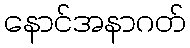
နောင်အနာဂတ်